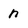
Character: n